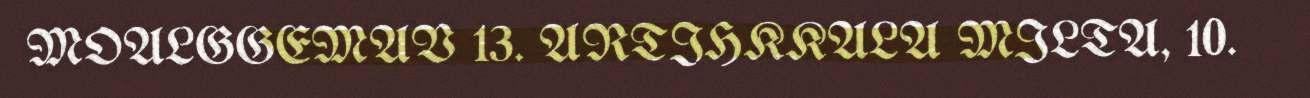
MOALGGEMAV 13. ARTIHKKALA MILTA, 10.